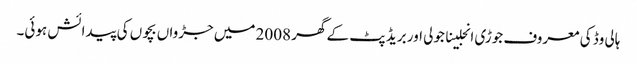
ہالی وڈ کی معروف جوڑی انجلینا جولی اور بریڈ پٹ کے گھر 2008 میں جڑواں بچوں کی پیدائش ہوئی۔